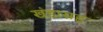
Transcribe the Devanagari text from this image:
खंडासह